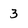
Character: 3